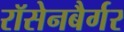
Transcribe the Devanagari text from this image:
रॉसेनबैर्गर